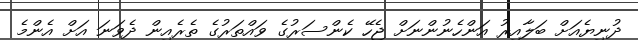
ދުނިޔެއަށް ބަލާއިރު އަންހެނުންނަށް ޖެހޭ ކެންސަރުގެ ވައްތަރުގެ ތެރެއިން ދެވަނަ އަށް އެންމެ